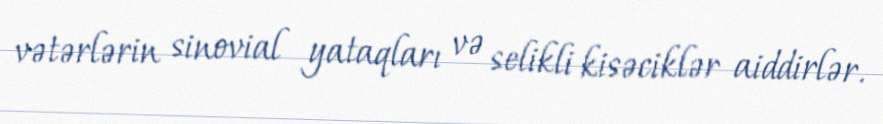
vətərlərin sinovial yataqları və selikli kisəciklər aiddirlər.